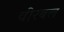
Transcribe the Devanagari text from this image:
वीरबल